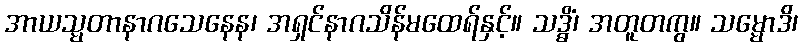
အာယသ္မတာနာဂသေနေန၊ အရှင်နာဂသိန်မထေရ်နှင့်။ သဒ္ဓိံ၊ အတူတကွ။ သမ္မောဒိ၊